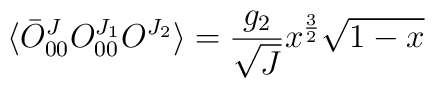
\langle\bar{O}^J_{00}O^{J_1}_{00}O^{J_2}\rangle=\frac{g_2}{\sqrt{J}}x^{\frac{3}{2}}\sqrt{1-x}